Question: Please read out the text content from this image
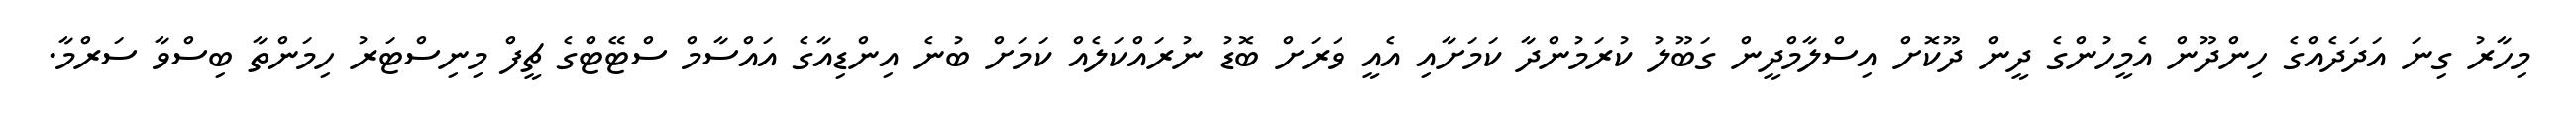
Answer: މިހާރު ގިނަ އަދަދެއްގެ ހިންދޫން އެމީހުންގެ ދީން ދޫކޮށް އިސްލާމްދީން ގަބޫލު ކުރަމުންދާ ކަމަށާއި އެއީ ވަރަށް ބޮޑު ނުރައްކަލެއް ކަމަށް ބުނެ އިންޑިއާގެ އައްސާމް ސްޓޭޓްގެ ޗީފް މިނިސްޓަރު ހިމަންތާ ބިސްވާ ސަރްމާ.